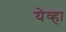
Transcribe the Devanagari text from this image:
येव्हा